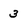
Character: 3